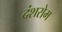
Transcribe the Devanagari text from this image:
दंशरोम